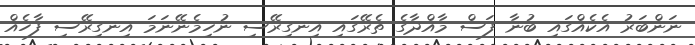
ނަންބަރު އެކެއްގައި ބުނާ ފަސް މާއްދާގެ ތެރޭގައި އިނގިރޭސި ނުހިމެނޭނަމަ އިނގިރޭސި ފާހެއް